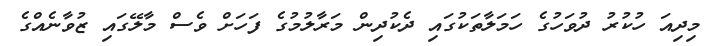
މިދިއަ ހުކުރު ދުވަހުގެ ހަމަލާތަކުގައި ދެކުދިން މަރާލުމުގެ ފަހަށް ވެސް މާލޭގައި ޒުވާނެއްގެ